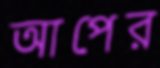
আপের